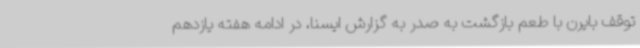
توقف بایرن با طعم بازگشت به صدر به گزارش ایسنا، در ادامه هفته یازدهم